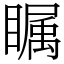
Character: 瞩